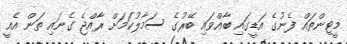
މީޓިންތައް ފެނުގެ އަޑީގައި ބާއްވައި ބޭރުގެ ސަމާލުކަމަށް ރާއްޖެ ގެނައި ތަން އެއީ